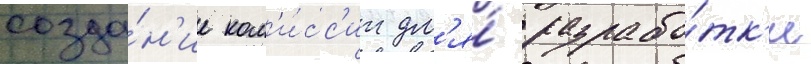
созда́н'ие ком'и́сс'ии дл'я́ разрабо́тк'и